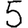
Digit: 5